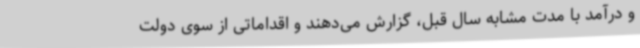
و درآمد با مدت مشابه سال قبل، گزارش می‌دهند و اقداماتی از سوی دولت